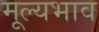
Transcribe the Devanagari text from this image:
मूल्यभाव